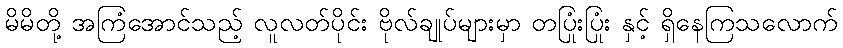
မိမိတို့ အကြံအောင်သည့် လူလတ်ပိုင်း ဗိုလ်ချုပ်များမှာ တပြုံးပြုံး နှင့် ရှိနေကြသလောက်